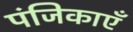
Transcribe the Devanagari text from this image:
पंजिकाएँ